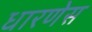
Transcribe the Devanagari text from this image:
धारणेस